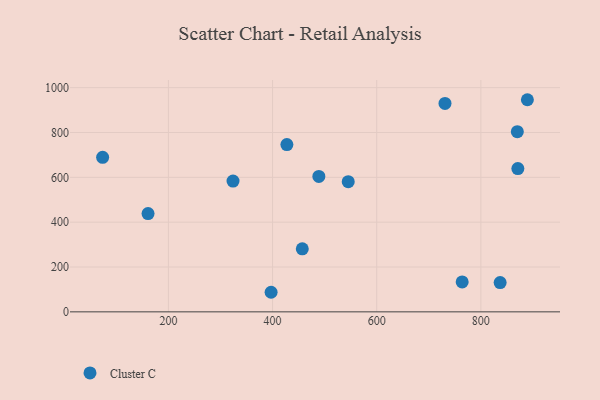
{"axis": {"x": "Distance", "y": "Exam Score"}, "legend": ["Cluster C"], "data": [{"x": "160.9", "y": 438.2, "type": "Cluster C"}, {"x": "870.0", "y": 803.5, "type": "Cluster C"}, {"x": "427.5", "y": 746.1, "type": "Cluster C"}, {"x": "324.1", "y": 583.4, "type": "Cluster C"}, {"x": "837.0", "y": 130.6, "type": "Cluster C"}, {"x": "889.3", "y": 946.2, "type": "Cluster C"}, {"x": "545.3", "y": 580.5, "type": "Cluster C"}, {"x": "457.1", "y": 281.2, "type": "Cluster C"}, {"x": "731.1", "y": 929.9, "type": "Cluster C"}, {"x": "73.7", "y": 689.1, "type": "Cluster C"}, {"x": "488.9", "y": 603.9, "type": "Cluster C"}, {"x": "764.1", "y": 133.3, "type": "Cluster C"}, {"x": "871.0", "y": 639.3, "type": "Cluster C"}, {"x": "397.2", "y": 87.3, "type": "Cluster C"}]}